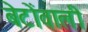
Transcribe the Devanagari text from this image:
बेटोंवाली